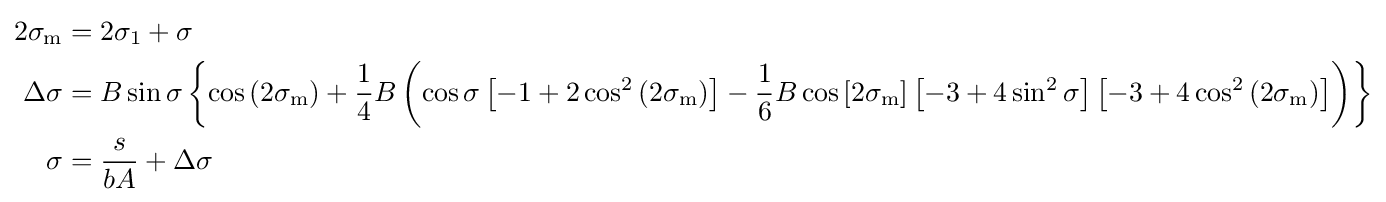
{\begin{aligned}2\sigma _{\text{m}}&=2\sigma _{1}+\sigma \\\Delta \sigma &=B\sin \sigma \left\{\cos \left(2\sigma _{\text{m}}\right)+{\frac {1}{4}}B\left(\cos \sigma \left[-1+2\cos ^{2}\left(2\sigma _{\text{m}}\right)\right]-{\frac {1}{6}}B\cos \left[2\sigma _{\text{m}}\right]\left[-3+4\sin ^{2}\sigma \right]\left[-3+4\cos ^{2}\left(2\sigma _{\text{m}}\right)\right]\right)\right\}\\\sigma &={\frac {s}{bA}}+\Delta \sigma \end{aligned}}